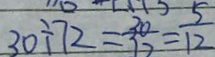
3 0 \div 7 2 = \frac { 3 0 } { 7 2 } = \frac { 5 } { 1 2 }